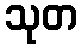
သုတ